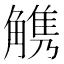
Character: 𧤤